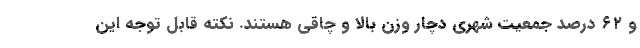
و ۶۲ درصد جمعیت شهری دچار وزن بالا و چاقی هستند. نکته‌ قابل توجه این